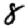
Digit: 8